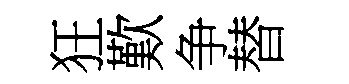
狂歎争替